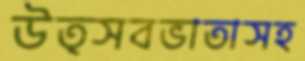
উত্সবভাতাসহ